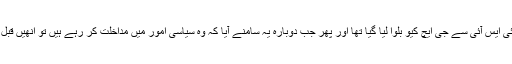
اصغر خان کیس میں ان کا نام آنے کے بعد انھیں آئی ایس آئی سے جی ایچ کیو بلوا لیا گیا تھا اور پھر جب دوبارہ یہ سامنے آیا کہ وہ سیاسی امور میں مداخلت کر رہے ہیں تو انھیں قبل از وقت ریٹائر یعنی فوج سے فارغ کر دیا گیا تھا۔